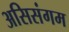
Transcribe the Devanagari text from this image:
असिसंगम